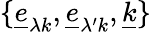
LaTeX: \{ \underline{{e}}_{\lambda k},\underline{{e}}_{\lambda^{\prime}k},\underline{{k}}\}